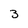
Character: 3